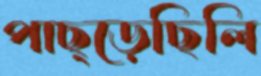
পাছ্‌ড়েছিলি